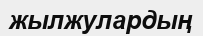
жылжулардың